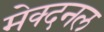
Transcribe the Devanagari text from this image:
मेक्दनल